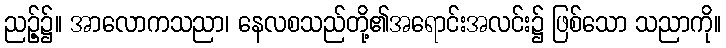
ညဉ့်၌။ အာလောကသညာ၊ နေလစသည်တို့၏အရောင်းအလင်း၌ ဖြစ်သော သညာကို။